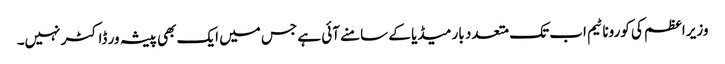
وزیر اعظم کی کورونا ٹیم اب تک متعدد بار میڈیا کے سامنے آئی ہے جس میں ایک بھی پیشہ ور ڈاکٹر نہیں۔